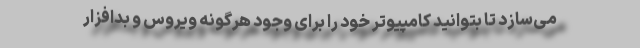
می‌سازد تا بتوانید کامپیوتر خود را برای وجود هرگونه ویروس و بدافزار